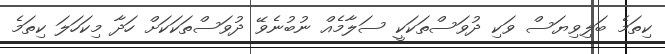
ކިތަމެ ބަލިވިޔަސް ވަކި ދުވަސްތަކަކީ ސަލާމެއް ނުބުނެވޭ ދުވަސްތަކަކަށް ހަދާ މިކަހަލަ ކިތަމެ